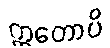
ဣတောပိ